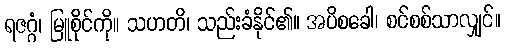
ရဇဂ္ဂံ၊ မြူစိုင်ကို။ သဟတိ၊ သည်းခံနိုင်၏။ အပိစခေါ၊ စင်စစ်သာလျှင်။